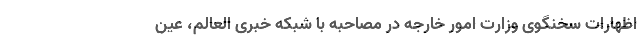
اظهارات سخنگوی وزارت امور خارجه در مصاحبه با شبکه خبری العالم، عین